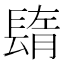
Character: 𨲕